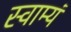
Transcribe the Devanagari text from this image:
स्वाम्यं